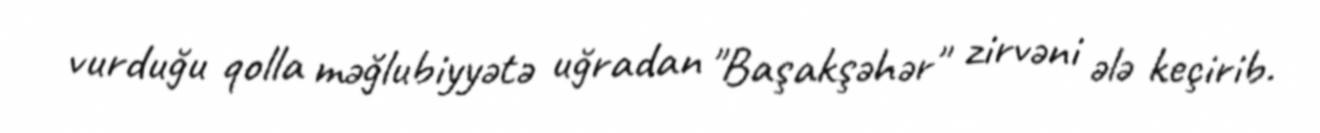
vurduğu qolla məğlubiyyətə uğradan "Başakşəhər" zirvəni ələ keçirib.